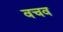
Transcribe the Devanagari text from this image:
वचव